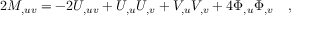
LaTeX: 2 M _ { , u v } = - 2 U _ { , u v } + U _ { , u } U _ { , v } + V _ { , u } V _ { , v } + 4 \Phi _ { , u } \Phi _ { , v } \quad ,